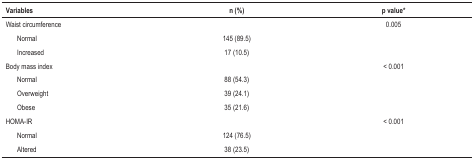
| Variables | n (%) | p value* |
 | --- | --- | --- |
 | Waist circumference |  | 0.005 |
 | Normal | 145 (89.5) |  |
 | Increased | 17 (10.5) |  |
 | Body mass index |  | < 0.001 |
 | Normal | 88 (54.3) |  |
 | Overweight | 39 (24.1) |  |
 | Obese | 35 (21.6) |  |
 | HOMA-IR |  | < 0.001 |
 | Normal | 124 (76.5) |  |
 | Altered | 38 (23.5) |  |